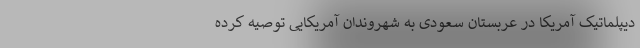
دیپلماتیک آمریکا در عربستان سعودی به شهروندان آمریکایی توصیه کرده